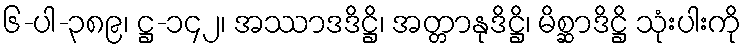
၆-ပါ-၃၈၉၊ ဋ္ဌ-၁၄၂၊ အဿာဒဒိဋ္ဌိ၊ အတ္တာနုဒိဋ္ဌိ၊ မိစ္ဆာဒိဋ္ဌိ သုံးပါးကို